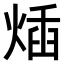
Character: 𤊿